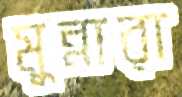
মুন্নারা